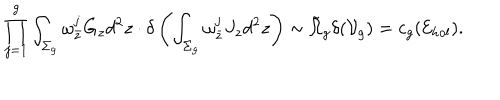
\prod _ { j = 1 } ^ { g } \int _ { \Sigma _ { g } } \omega _ { \bar { z } } ^ { j } G _ { z } d ^ { 2 } z \cdot \delta \left( \int _ { \Sigma _ { g } } \omega _ { \bar { z } } ^ { j } J _ { z } d ^ { 2 } z \right) \sim \tilde { \Omega } _ { g } \delta ( { \cal V } _ { g } ) = c _ { g } ( { \cal E } _ { h o l } ) .